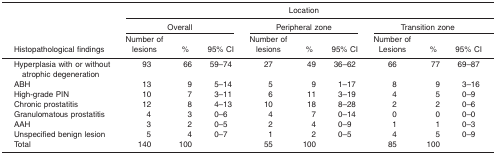
<table><thead><tr><td></td><td colspan="9"><b>Location</b></td></tr><tr><td></td><td colspan="3"><b>Overall</b></td><td colspan="3"><b>Peripheral zone</b></td><td colspan="3"><b>Transition zone</b></td></tr><tr><td><b>Histopathological findings</b></td><td><b>Number of lesions</b></td><td><b>%</b></td><td><b>95% CI</b></td><td><b>Number of lesions</b></td><td><b>%</b></td><td><b>95% CI</b></td><td><b>Number of Lesions</b></td><td><b>%</b></td><td><b>95% CI</b></td></tr></thead><tbody><tr><td>Hyperplasia with or without atrophic degeneration</td><td>93</td><td>66</td><td>59–74</td><td>27</td><td>49</td><td>36–62</td><td>66</td><td>77</td><td>69–87</td></tr><tr><td>ABH</td><td>13</td><td>9</td><td>5–14</td><td>5</td><td>9</td><td>1–17</td><td>8</td><td>9</td><td>3–16</td></tr><tr><td>High-grade PIN</td><td>10</td><td>7</td><td>3–11</td><td>6</td><td>11</td><td>3–19</td><td>4</td><td>5</td><td>0–9</td></tr><tr><td>Chronic prostatitis</td><td>12</td><td>8</td><td>4–13</td><td>10</td><td>18</td><td>8–28</td><td>2</td><td>2</td><td>0–6</td></tr><tr><td>Granulomatous prostatitis</td><td>4</td><td>3</td><td>0–6</td><td>4</td><td>7</td><td>0–14</td><td>0</td><td>0</td><td>0–0</td></tr><tr><td>AAH</td><td>3</td><td>2</td><td>0–5</td><td>2</td><td>4</td><td>0–9</td><td>1</td><td>1</td><td>0–3</td></tr><tr><td>Unspecified benign lesion</td><td>5</td><td>4</td><td>0–7</td><td>1</td><td>2</td><td>0–5</td><td>4</td><td>5</td><td>0–9</td></tr><tr><td>Total</td><td>140</td><td>100</td><td></td><td>55</td><td>100</td><td></td><td>85</td><td>100</td><td></td></tr></tbody></table>